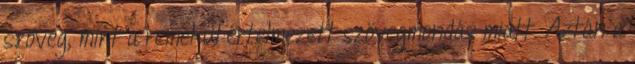
szöveg, mint a remekül értelmezett szövegmondás miatt. Aztán a